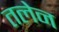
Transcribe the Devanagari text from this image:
तलेन